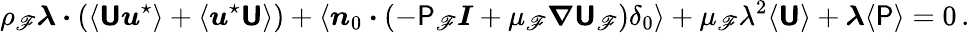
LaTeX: \rho_{\mathscr{F}}\boldsymbol{\lambda}\boldsymbol{\cdot}\left(\langle\boldsymbol{\mathsf{{U}}}\boldsymbol{u}^{\star}\rangle+\langle\boldsymbol{u}^{\star}\boldsymbol{\mathsf{{U}}}\rangle\right)+\langle\boldsymbol{n}_{0}\boldsymbol{\cdot}\left(-\mathsf{{P}}_{\mathscr{F}}\boldsymbol{I}+\mu_{\mathscr{F}}\boldsymbol{\nabla}\boldsymbol{\mathsf{{U}}}_{\mathscr{F}}\right)\delta_{0}\rangle+\mu_{\mathscr{F}}\lambda^{2}\langle\boldsymbol{\mathsf{{U}}}\rangle+\boldsymbol{\lambda}\langle\mathsf{{P}}\rangle=0\, .